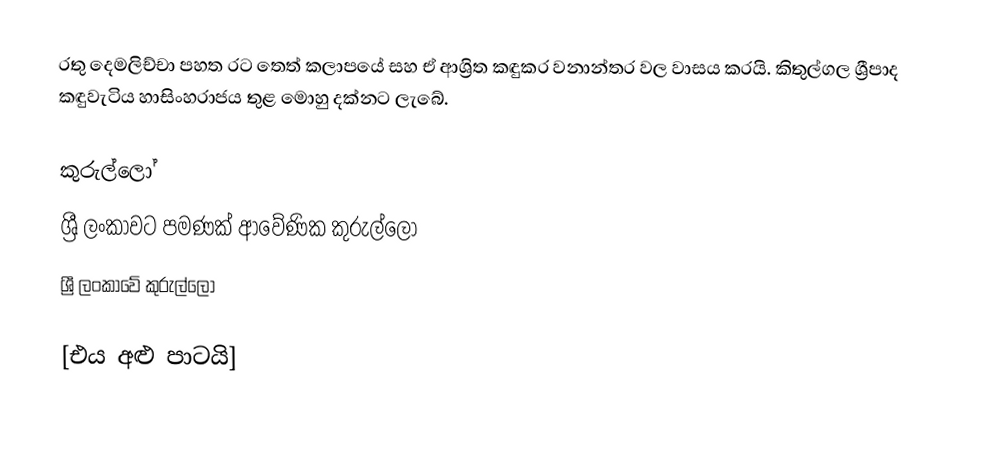
රතු දෙමලිච්චා පහත රට තෙත් කලාපයේ සහ ඒ ආශ්‍රිත කඳුකර වනාන්තර වල වාසය කරයි. කිතුල්ගල ශ්‍රීපාද කඳුවැටිය හාසිංහරාජය තුළ මොහු දක්නට ලැබේ.

කුරුල්ලෝ
ශ්‍රී ලංකා‍වට පමණක් ආවේණික කුරුල්ලෝ
ශ්‍රී ලංකාවේ කුරුල්ලෝ

[එය අළු පාටයි]